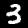
Digit: 3